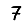
Digit: 7